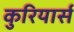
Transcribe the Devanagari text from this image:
कुरियार्स